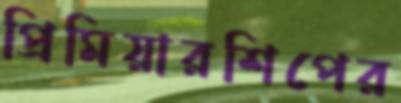
প্রিমিয়ারশিপের